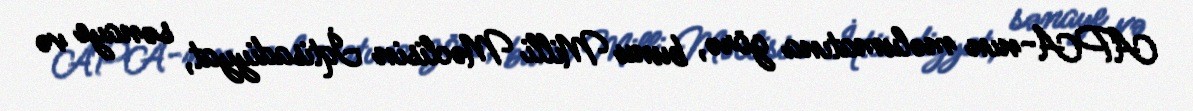
APA-nın məlumatına görə, bunu Milli Məclisin İqtisadiyyat, sənaye və